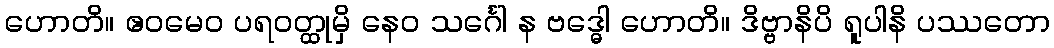
ဟောတိ။ ဧဝမေဝ ပရဝတ္ထုမှိ နေဝ သင်္ဂေါ န ဗဒ္ဓေါ ဟောတိ။ ဒိဗ္ဗာနိပိ ရူပါနိ ပဿတော